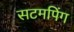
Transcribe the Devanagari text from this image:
सटमपिंग